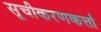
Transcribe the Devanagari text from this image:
सूचीकरणकर्त्ता